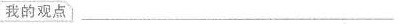
我的观点__________________